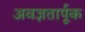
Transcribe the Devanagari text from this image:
अवज्ञतार्पूक